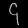
Digit: ၄